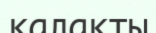
калақты